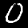
Digit: 0